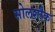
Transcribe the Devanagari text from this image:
सोलशौक